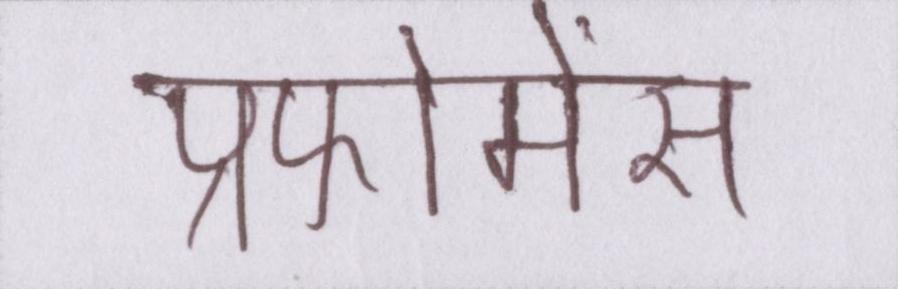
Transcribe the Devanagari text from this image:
प्रफोमेंस